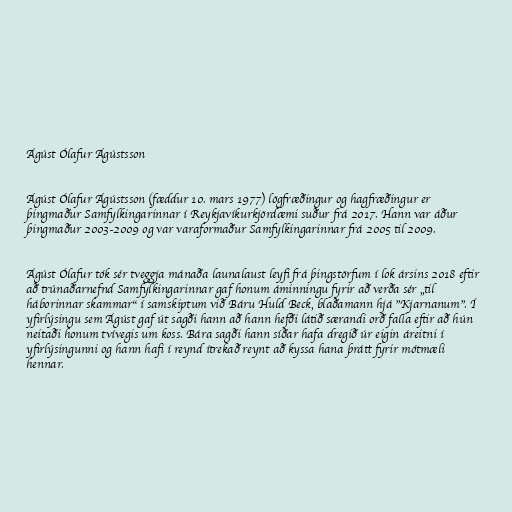
Ágúst Ólafur Ágústsson

Ágúst Ólafur Ágústsson (fæddur 10. mars 1977) lögfræðingur og hagfræðingur er
þingmaður Samfylkingarinnar í Reykjavíkurkjördæmi suður frá 2017. Hann var áður
þingmaður 2003-2009 og var varaformaður Samfylkingarinnar frá 2005 til 2009.

Ágúst Ólafur tók sér tveggja mánaða launalaust leyfi frá þingstörfum í lok ársins 2018 eftir
að trúnaðarnefnd Samfylkingarinnar gaf honum áminningu fyrir að verða sér „til
háborinnar skammar“ í samskiptum við Báru Huld Beck, blaðamann hjá "Kjarnanum". Í
yfirlýsingu sem Ágúst gaf út sagði hann að hann hefði látið særandi orð falla eftir að hún
neitaði honum tvívegis um koss. Bára sagði hann síðar hafa dregið úr eigin áreitni í
yfirlýsingunni og hann hafi í reynd ítrekað reynt að kyssa hana þrátt fyrir mótmæli
hennar.